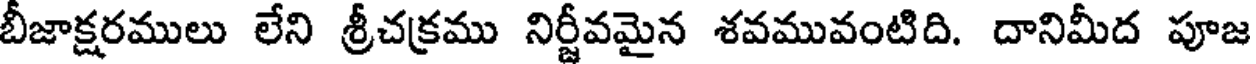
బీజాక్షరములు లేని శ్రీచక్రము నిర్జీవమైన శవమువంటిది. దానిమీద పూజ